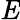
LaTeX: \mathit E